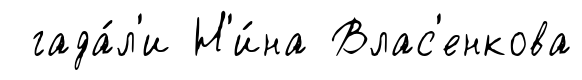
гада́л'и Н'и́на Влас'енкова